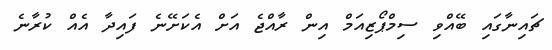
ޗައިނާގައި ބޭއްވި ސިމްޕޯޒިއަމް އިން ރާއްޖެ އަށް އެކަށޭނެ ފައިދާ އެއް ކުރާނެ